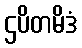
ဌပိတမိဒံ